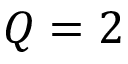
Q = 2